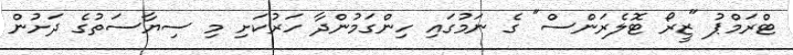
ޓްރަމްޕު "ޒީރޯ ޓޮލެރަންސް" ގެ ނަމުގައި ހިންގަމުންދާ ހަރުކަށި މި ސިޔާސަތުގެ ދަށުން